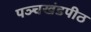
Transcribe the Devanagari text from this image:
पञ्चखंडपीठ